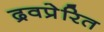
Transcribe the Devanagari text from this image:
द्रवप्रेरित